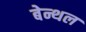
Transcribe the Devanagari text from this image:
बेन्थल